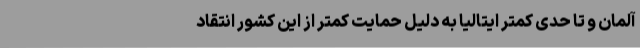
آلمان و تا حدی کمتر ایتالیا به دلیل حمایت کمتر از این کشور انتقاد